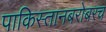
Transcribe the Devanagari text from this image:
पाकिस्तानबरोबरच